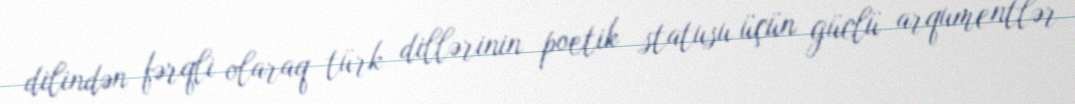
dilindən fərqli olaraq türk dillərinin poetik statusu üçün güclü arqumentlər